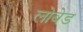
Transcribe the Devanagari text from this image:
लोबेड